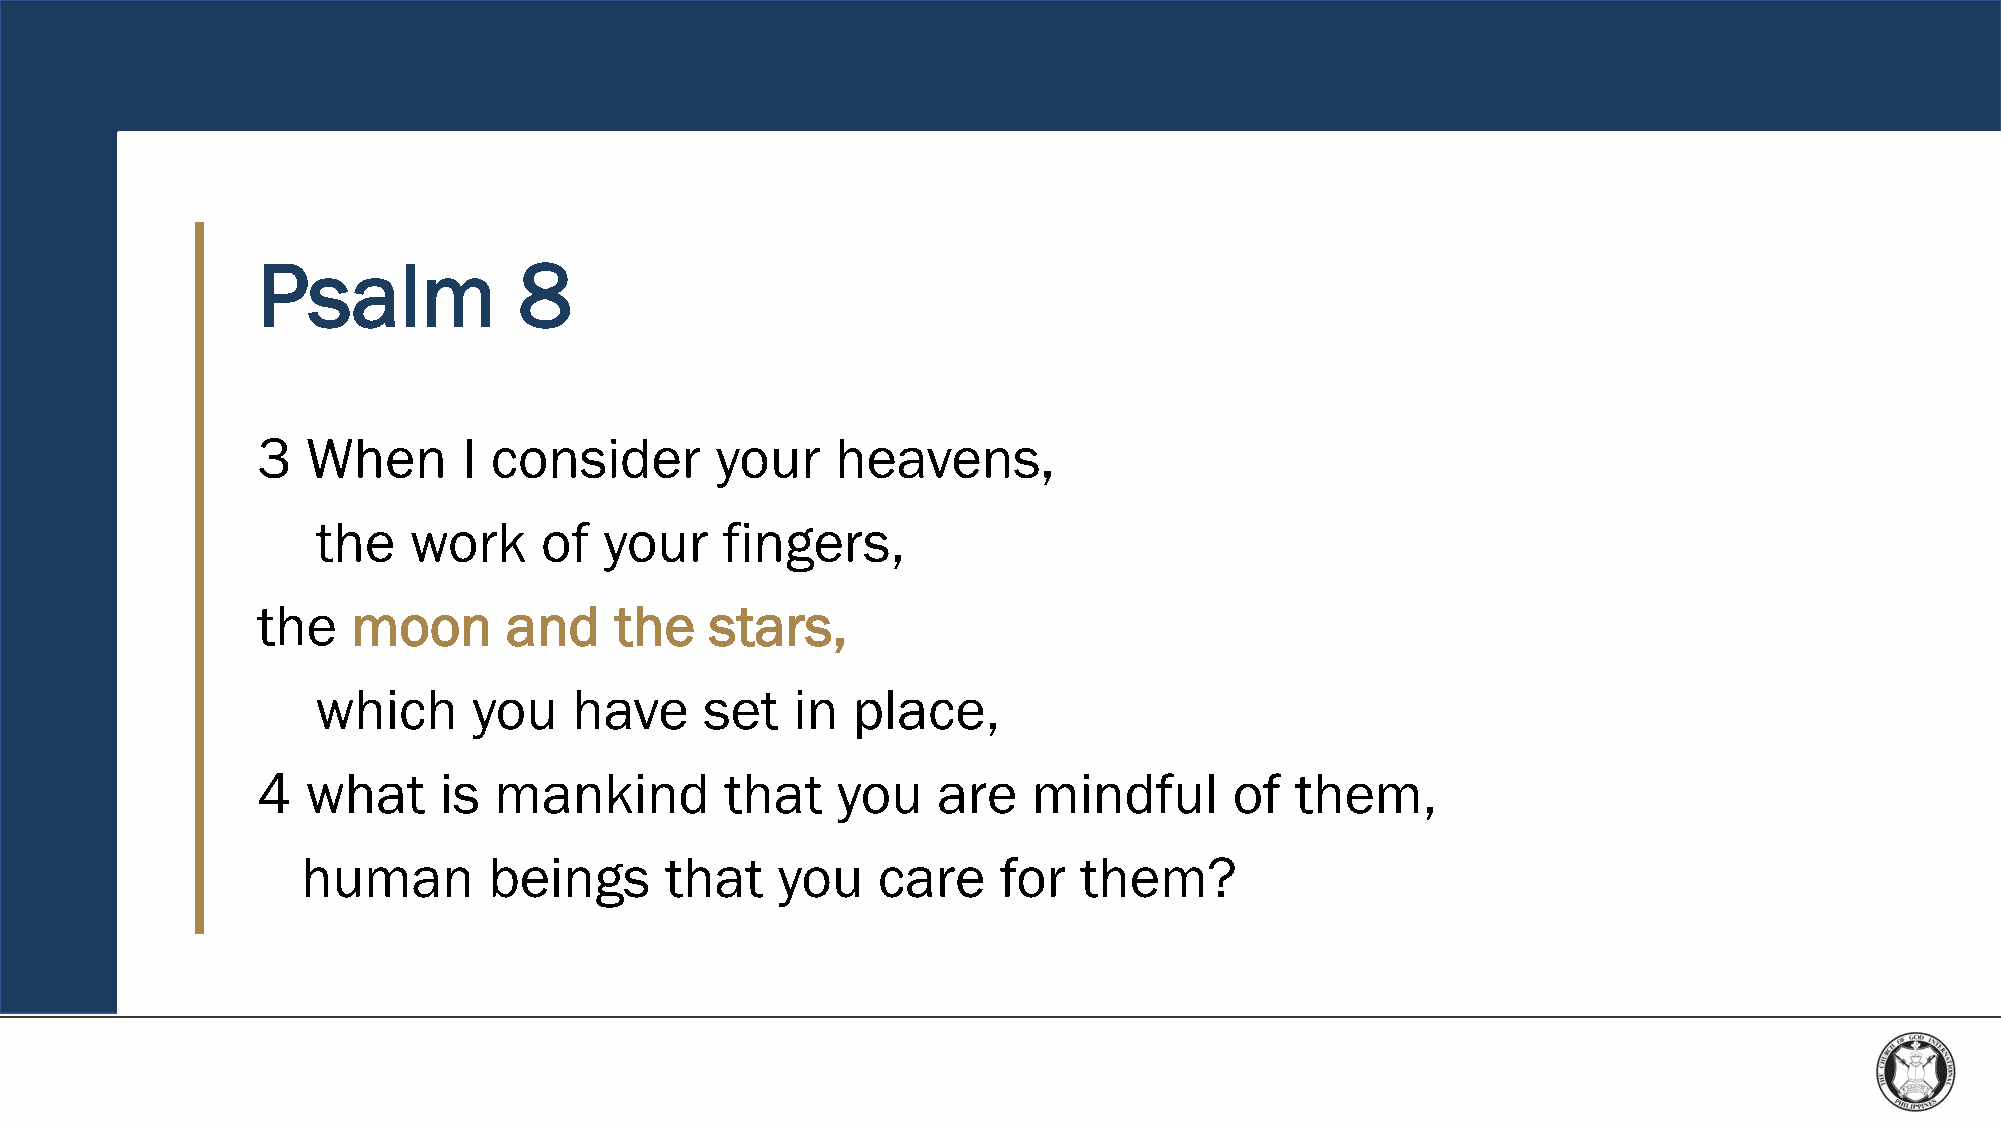
Psalm            8
 3  When       I consider      your    heavens,
 the   work     of  your    fingers,
 the   moon      and     the   stars,
 which     you    have     set  in  place,
 4  what     is  mankind        that   you    are   mindful       of  them,
 human       beings      that   you    care    for  them?